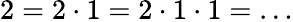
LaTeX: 2=2\cdot 1=2\cdot 1\cdot 1=\ldots